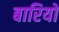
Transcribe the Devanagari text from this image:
बारियों